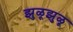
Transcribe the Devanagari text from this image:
झुळूझुळू